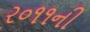
ર૦૧૧ની